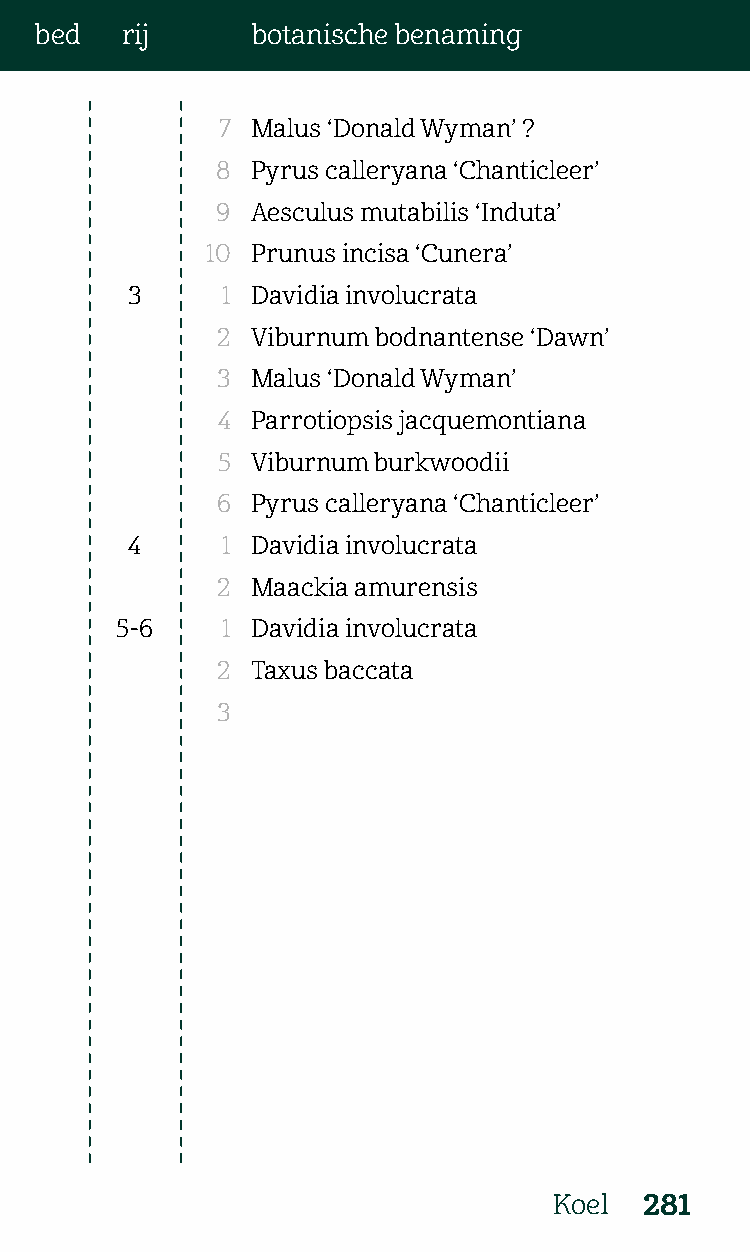
bed   rij      botanische benaming
 7  Malus ‘Donald Wyman’ ?
 8  Pyrus calleryana ‘Chanticleer’
 9  Aesculus mutabilis ‘Induta’
 10 Prunus incisa ‘Cunera’
 3      1 Davidia involucrata
 2  Viburnum bodnantense ‘Dawn’
 3  Malus ‘Donald Wyman’
 4  Parrotiopsis jacquemontiana
 5  Viburnum burkwoodii
 6  Pyrus calleryana ‘Chanticleer’
 4      1 Davidia involucrata
 2  Maackia amurensis
 5-6    1 Davidia involucrata
 2  Taxus baccata
 3
 Koel  281